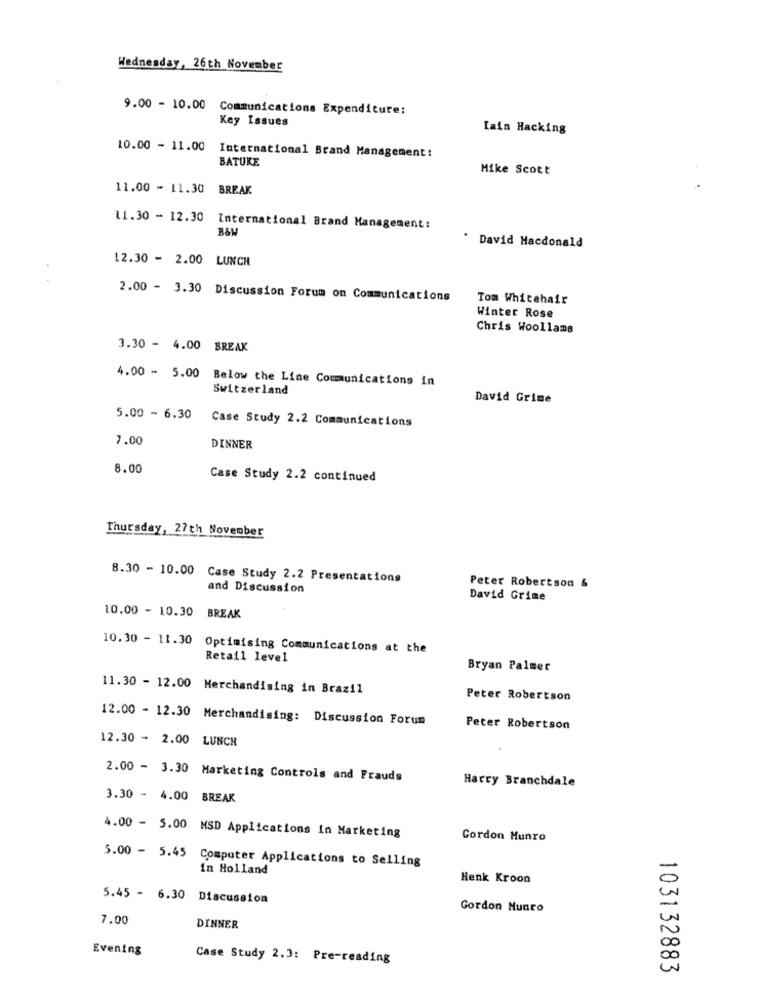
Wednesday, 26th November
9.00 - 10.00 Communications Expenditure:
Key Issues
Iain Hacking
10.00 - 11.00
International Brand Management:
BATUKE
Mike Scott
11.00 - 11.30
BREAK
11.30 - 12.30
International Brand Management:
B&W
David Macdonald
12.30 - 2.00 LUNCH
2.00 - 3.30 Discussion Forum on Communications
Tom Whitehair
Winter Rose
Chris Woollams
3.30 - 4.00 BREAK
4.00 - 5.00 Below the Line Communications in
Switzerland
David Grime
5.00 - 6.30
Case Study 2.2 Communications
7.00
DINNER
8.00
Case Study 2.2 continued
Thursday, 27th November
8.30 - 10.00 Case Study 2.2 Presentations
and Discussion
Peter Robertson &
David Grime
10.00 - 10.30 BREAK
10.30 - 11.30
Optimising Communications at the
Retail level
Bryan Palmer
11.30 - 12.00 Merchandising in Brazil
Peter Robertson
12.00 - 12.30 Merchandising: Discussion Forum
Peter Robertson
12.30 - 2.00 LUNCH
2.00 - 3.30 Marketing Controls and Frauds
Harry Branchdale
3.30 - 4.00 BREAK
4.00 - 5.00 MSD Applications In Marketing
Cordon Munro
5.00 - 5.45
Computer Applications to Selling
in Holland
Henk Kroon
5.45 - 6.30 Discussion
Gordon Hunco
-
7.00
DINNER
Evening
Case Study 2.3: Pre-reading
00
103132883